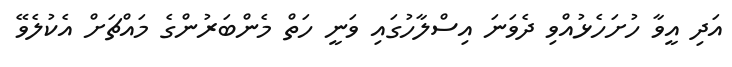
އަދި އީވާ ހުށަހެޅުއްވި ދެވަނަ އިސްލާހުގައި ވަނީ ހަތް މެންބަރުންގެ މައްޗަށް އެކުލެވޭ